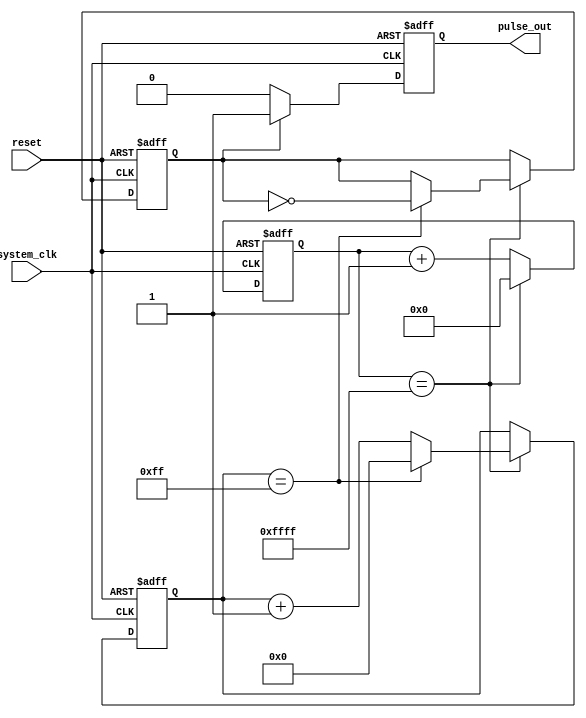
module DutyCyclePulseGenerator (
    input wire system_clk,
    input wire reset,
    output wire pulse_out
);

reg [15:0] counter;
reg [7:0] duty_cycle_counter;
reg is_high;
reg pulse_out_reg;

always @(posedge system_clk or posedge reset) begin
    if (reset) begin
        counter <= 0;
        duty_cycle_counter <= 0;
        is_high <= 1'b0;
        pulse_out_reg <= 1'b0;
    end else begin
        if (counter == 16'hFFFF) begin
            counter <= 0;
            if (duty_cycle_counter == 8'hFF) begin
                duty_cycle_counter <= 0;
                is_high <= ~is_high;
            end else begin
                duty_cycle_counter <= duty_cycle_counter + 1;
            end
        end else begin
            counter <= counter + 1;
        end
        
        if (is_high) begin
            pulse_out_reg <= 1'b1;
        end else begin
            pulse_out_reg <= 1'b0;
        end
    end
end

assign pulse_out = pulse_out_reg;

endmodule